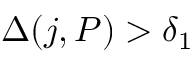
\Delta ( j , P ) > \delta _ { 1 }